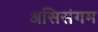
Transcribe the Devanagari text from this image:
असिसंगम